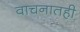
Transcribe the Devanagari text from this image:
वाचनातही